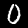
Digit: 0